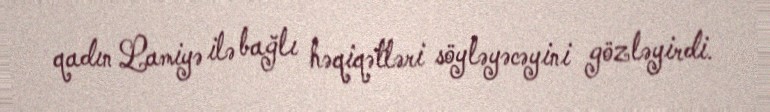
qadın Lamiyə ilə bağlı həqiqətləri söyləyəcəyini gözləyirdi.